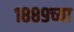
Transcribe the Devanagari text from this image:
१८८९च्या